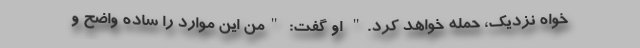
خواه نزدیک، حمله خواهد کرد." او گفت: "من این موارد را ساده واضح و